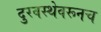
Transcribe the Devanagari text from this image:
दुरवस्थेवरूनच